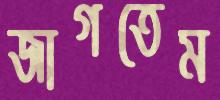
জাগতেম